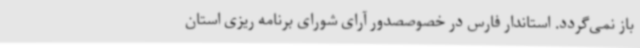
باز نمی‌گردد. استاندار فارس در خصوصصدور آرای شورای برنامه ریزی استان